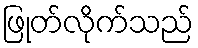
ဖြုတ်လိုက်သည်